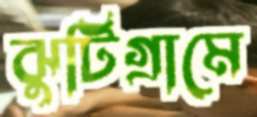
ঝুটিগ্রামে